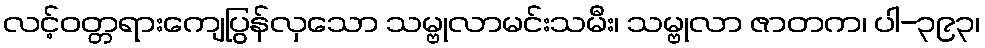
လင့်ဝတ္တရားကျေပြွန်လှသော သမ္ဗုလာမင်းသမီး၊ သမ္ဗုလာ ဇာတက၊ ပါ-၃၉၃၊